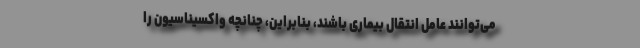
می‌توانند عامل انتقال بیماری باشند، بنابراین، چنانچه واکسیناسیون را